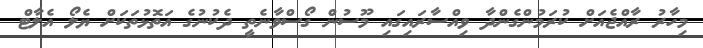
މިހާރު ރާއްޖެއަށް ކުރަމުންގެންދާ ވިއްސާރައިގައި މޫސުން ގޯސްވާނެތީ ދެކުނުގެ އަތޮޅުތަކަށް ޔެލޯ އެލާޓް